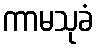
ကာမသုခံ